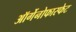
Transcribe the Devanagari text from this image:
ऑर्गेनोफास्फेट